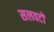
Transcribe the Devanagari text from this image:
सलवटों